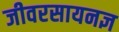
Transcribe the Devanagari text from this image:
जीवरसायनज्ञ